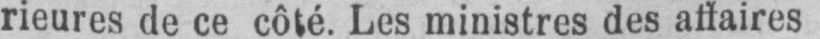
rieures de ce côté. Les ministres des affaires